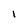
Character: 1